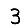
Digit: 3